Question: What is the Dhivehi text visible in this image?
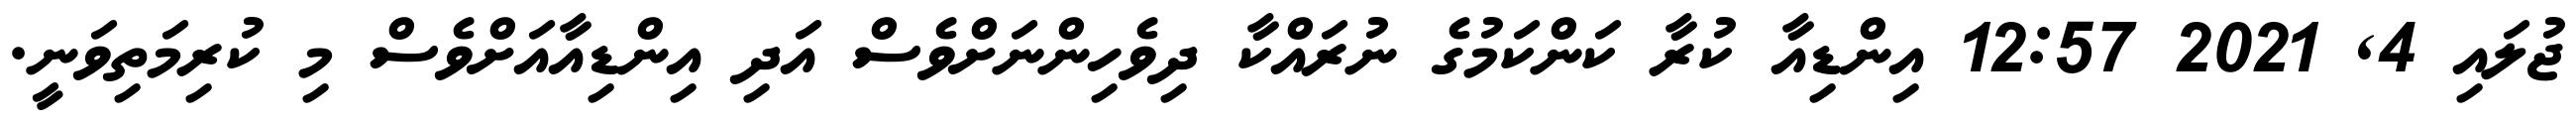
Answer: ޖުލައި 4, 2021 12:57 އިންޑިއާ ކުރާ ކަންކަމުގެ ނުރައްކާ ދިވެހިންނަށްވެސް އަދި އިންޑިއާއަށްވެސް މި ކުރިމަތިވަނީ.